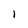
Character: l